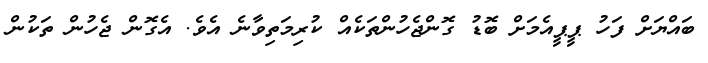
ބައްޔަށް ފަހު ޕީޕީއެމަށް ބޮޑު ގޮންޖެހުންތަކެއް ކުރިމަތިވާނެ އެވެ. އެގޮން ޖެހުން ތަކުން